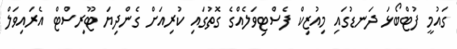
ގައުމީ ފުޓްބޯޅަ ދަނޑުގައި މިއުޒިކް ފެސްޓިވަލެއްގެ ގޮތުގައި ކުރިއަށް ގެންދިޔަ ޓޫރިސްޓް އެރައިވަލް